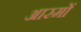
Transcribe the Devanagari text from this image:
आरमों